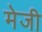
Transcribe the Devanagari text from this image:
मेजी